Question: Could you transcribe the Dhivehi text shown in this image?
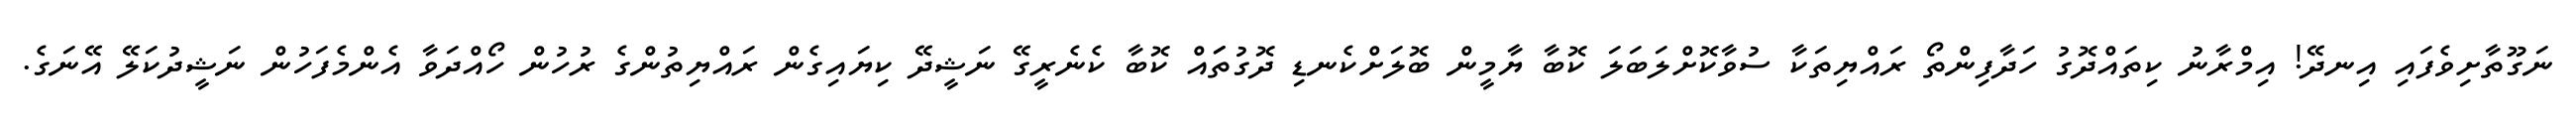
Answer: ނަގޫތާށިވެފައި އިނދޭ! އިމްރާނު ކިތައްދޮގު ހަދާފިންތޯ ރައްޔިތަކާ ސުވާކޮށްލަބަލަ ކޮބާ ޔާމީން ބޮލަށްކެނޑި ދޮގުތަައް ކޮބާ ކެނެރީގޭ ނަޝީދޭ ކިޔައިގެން ރައްޔިތުންގެ ރުހުން ހޯއްދަވާ އެންމެފަހުން ނަޝީދުކަލޭ އޭނަގެ.